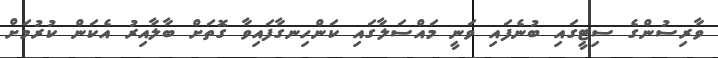
ވާރިސުންގެ ސިޓީގައި ބުނެފައި ވަނީ މައްސަލާގައި ކަންހިނގާފައިވާ ގޮތަށް ބާލާއިރު އެކަން ކުރުމަށް